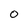
Character: O